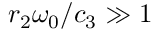
r _ { 2 } \omega _ { 0 } / c _ { 3 } \gg 1